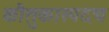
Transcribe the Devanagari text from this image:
कौतुकास्पदच